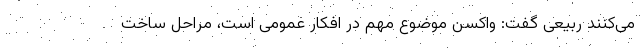
می‌کنند ربیعی گفت: واکسن موضوع مهم در افکار عمومی است، مراحل ساخت